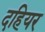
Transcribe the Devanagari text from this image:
दहियर